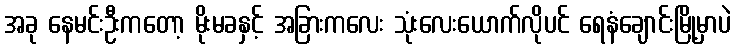
အခု နေမင်းဦးကတော့ မိုးမခနှင့် အခြားကလေး သုံးလေးယောက်လိုပင် ရေနံချောင်းမြို့မှာပဲ